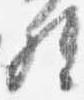
督